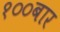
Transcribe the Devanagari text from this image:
१००बार